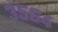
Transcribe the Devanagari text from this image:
३५६४